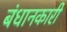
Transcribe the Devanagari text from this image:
बंधानकारी